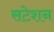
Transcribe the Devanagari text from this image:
सटेशन